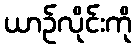
ယာဉ်လိုင်းကို